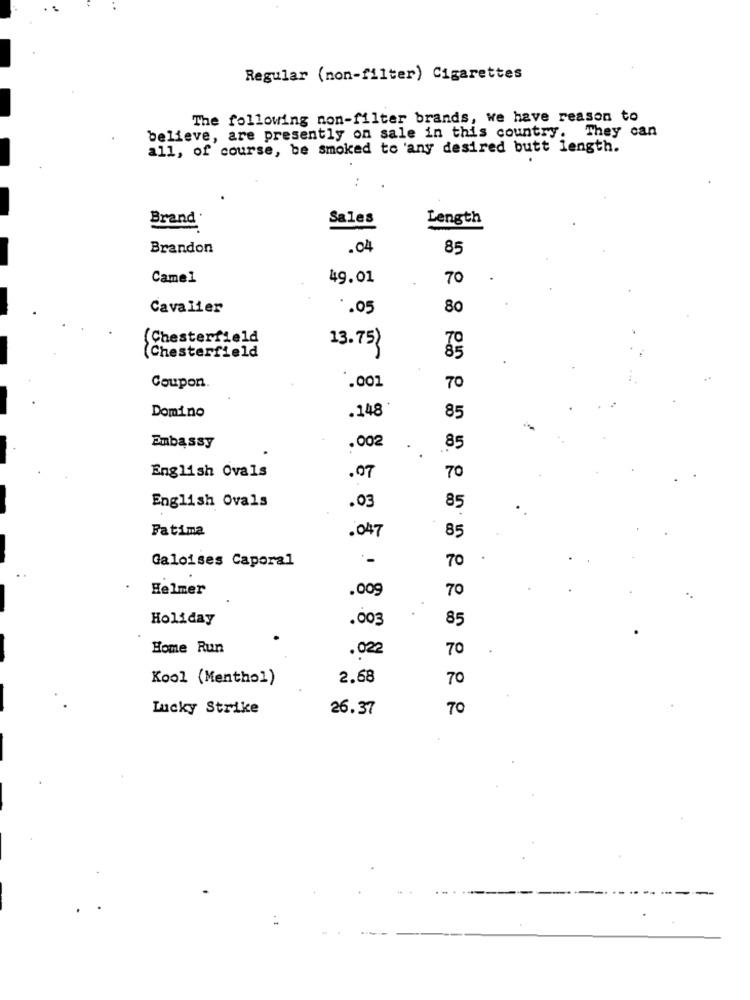
Regular (non-filter) Cigarettes
The following non-filter brands, we have reason to
believe, are presently on sale in this country. They can
all, of course, be smoked to any desired butt length.
Brand .
Sales
Length
Brandon
.04
85
Camel
49.01
70
Cavalier
.05
80
(Chesterfield
Chesterfield
13.75}
.001
Coupon.
70
Domino
.148
85
Embassy
.002
85
English Ovals
.07
70
English Ovals
.03
85
Fatima
.047
85
Galoises Caporal
70
Helmer
.009
70
Holiday
.003
85
Home Run
.022
70
Kool (Menthol)
2.68
70
Lucky Strike
26.37
70